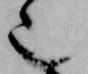
也